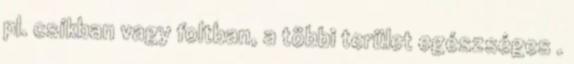
pl. csíkban vagy foltban, a többi terület egészséges .